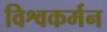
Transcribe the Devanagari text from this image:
विश्वकर्मन